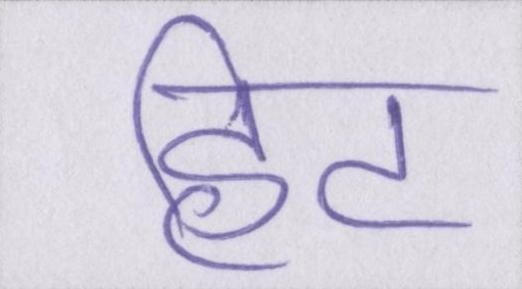
हिट